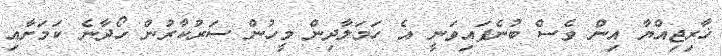
ޚާރިޖިއްޔާ އިން ވެސް ބުނެފައިވަނީ އެ ހަމަލާދިން މީހުން ސަރުކާރުން ހޯދާނެ ކަމަށާއި